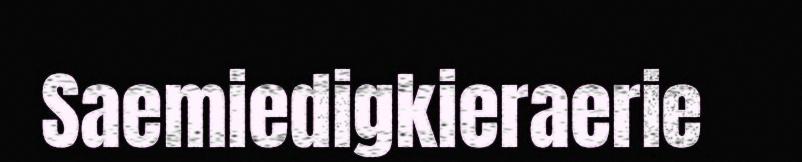
Saemiedigkieraerie